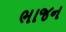
ભાજન